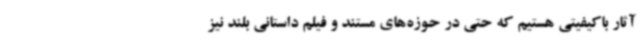
آثار باکیفیتی هستیم که حتی در حوزه‌های مستند و فیلم داستانی بلند نیز